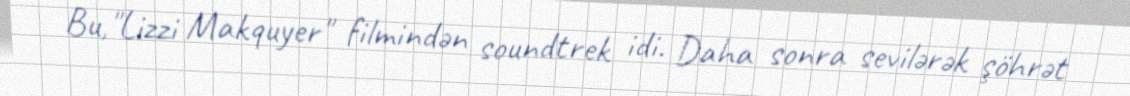
Bu,"Lizzi Makquyer" filmindən soundtrek idi. Daha sonra sevilərək şöhrət